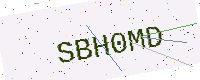
Text: SBH0MD